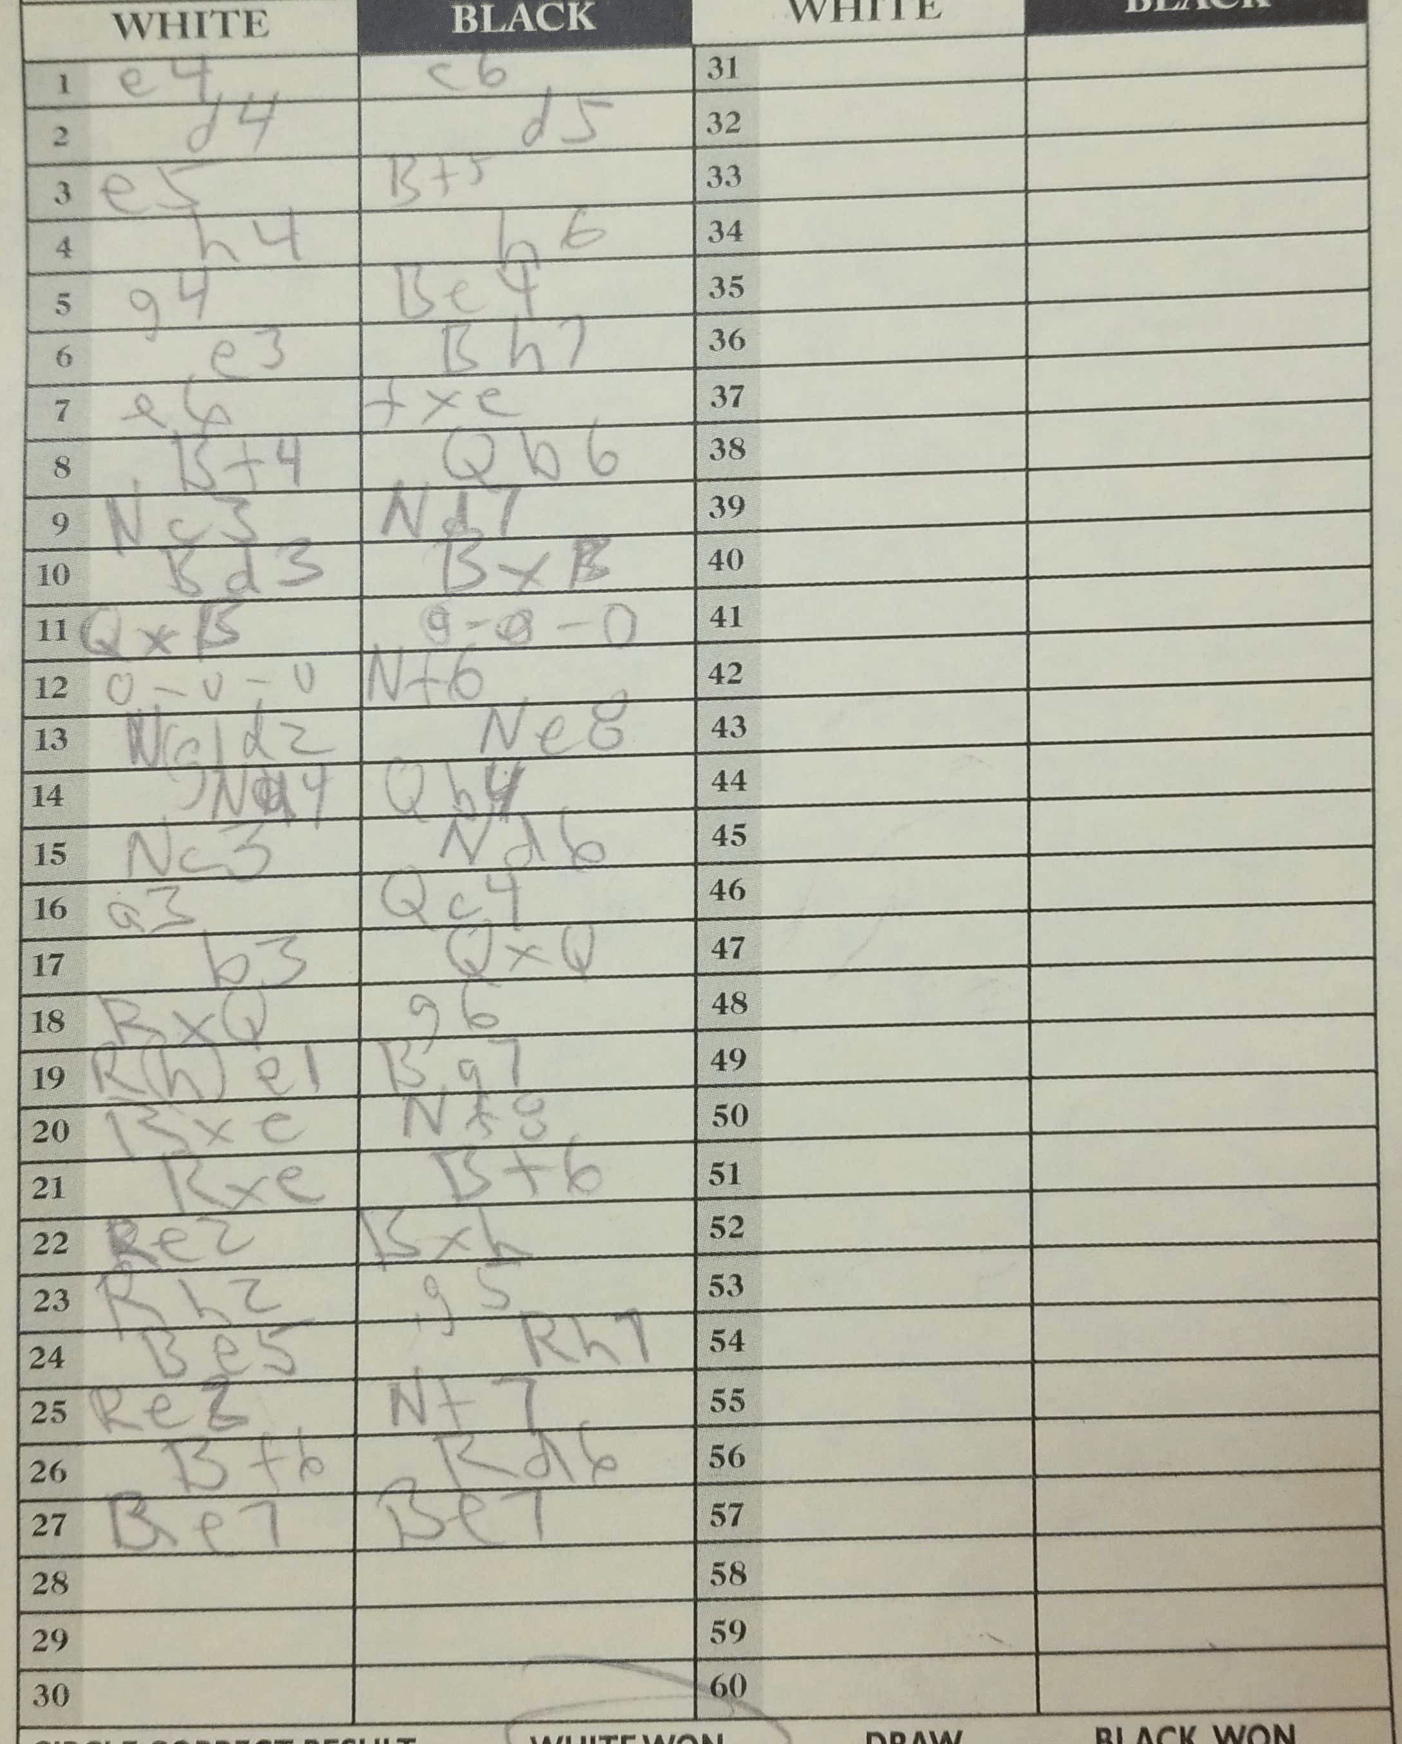
Moves: e4 c6 d4 d5 e5 Bf5 h4 h6 g4 Be4 e3 Bh7 e6 fxe Bf4 Qb6 Nc3 Nd7 Bd3 BxB QxB O-O-O O-O-O Nf6 Ngd2 Ne8 Nd4 Qb4 Nc3 Nd6 a3 Qc4 b3 QxQ RxQ g6 Rhe1 Bg7 Bxe Nf8 Rxe Bf6 Re2 Bxh Rh2 g5 Be5 Rh7 Re3 Nf7 Bf6 Rd6 Be7 Be7